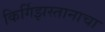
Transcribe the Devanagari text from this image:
किर्गिझस्तानाचा